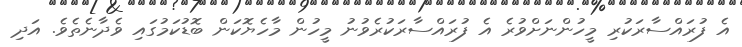
އެ ފުރައްސާރަކުރި މީހުންނަށްވުރެ އެ ފުރައްސާރަކުރެވުނު މީހުން މާހެޔޮކަން ބޮޑުކަމުގައި ވެދާނެތެވެ. އަދި